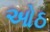
ઓઠ